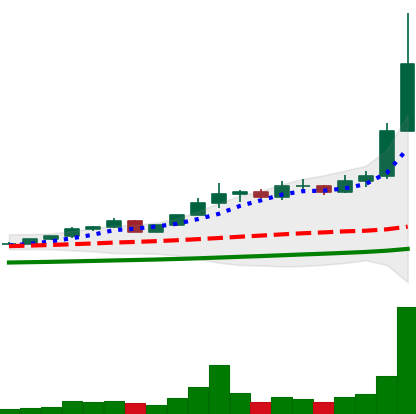
Ticker: ETC-USD
Chart end date: 2021-04-16
Forward return: -16.559%
Label: down_7plus